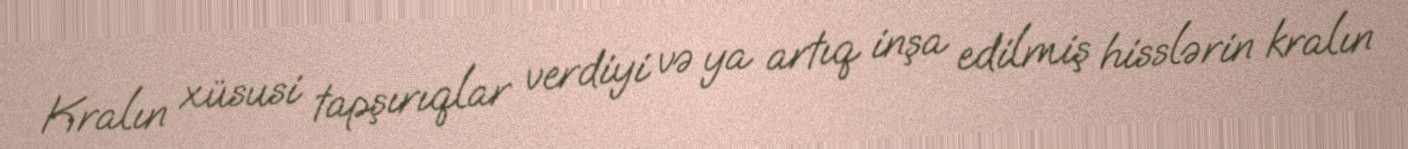
Kralın xüsusi tapşırıqlar verdiyi və ya artıq inşa edilmiş hisslərin kralın